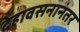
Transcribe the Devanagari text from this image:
देहावसनानंतर